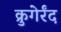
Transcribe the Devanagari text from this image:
क्रुगेर्रंद